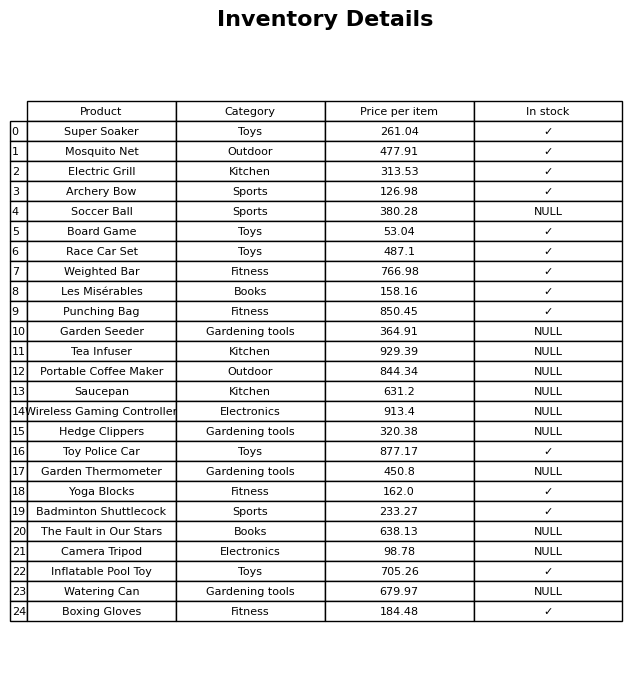
question: What is the price for Race Car Set?
answer: The price of Race Car Set is 487.1.